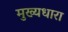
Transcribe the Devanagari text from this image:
मुख्‍यधारा